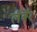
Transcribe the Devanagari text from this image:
लॅबॅर